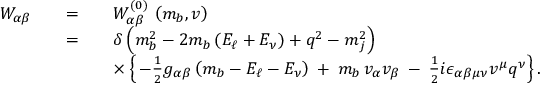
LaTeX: \begin{array} { r c l } { { W _ { \alpha \beta } } } & { { \quad = \quad } } & { { W _ { \alpha \beta } ^ { ( 0 ) } \, \left( m _ { b } , v \right) } } \\ { { } } & { { \quad = \quad } } & { { \delta \left( m _ { b } ^ { 2 } - 2 m _ { b } \left( E _ { \ell } + E _ { \nu } \right) + q ^ { 2 } - m _ { j } ^ { 2 } \right) } } \\ { { } } & { { } } & { { \times \left\{ \, - { \frac { 1 } { 2 } } g _ { \alpha \beta } \left( m _ { b } - E _ { \ell } - E _ { \nu } \right) \: + \: m _ { b } \, v _ { \alpha } v _ { \beta } \: - \: { \frac { 1 } { 2 } } i \epsilon _ { \alpha \beta \mu \nu } v ^ { \mu } q ^ { \nu } \right\} . } } \end{array}